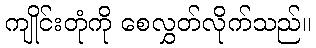
ကျိုင်းတုံကို စေလွှတ်လိုက်သည်။